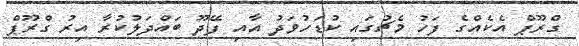
ގްރޫޕް އެކެއްގެ ފަހު މެޗުގައި ކުޑަހުވަދު އާއި ފޭދޫ ބައްދަލުކުރާ އިރު ގްރޫޕް